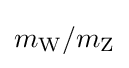
m_{\text{W}}/m_{\text{Z}}